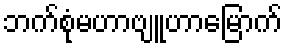
ဘက်စုံမဟာဗျူဟာမြောက်